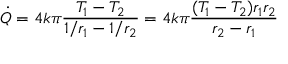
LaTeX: { \dot { Q } } = 4 k \pi { \frac { T _ { 1 } - T _ { 2 } } { 1 / { r _ { 1 } } - 1 / { r _ { 2 } } } } = 4 k \pi { \frac { ( T _ { 1 } - T _ { 2 } ) r _ { 1 } r _ { 2 } } { r _ { 2 } - r _ { 1 } } }